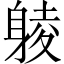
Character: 𨉞